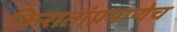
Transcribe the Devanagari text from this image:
किरातांप्रमाणेच